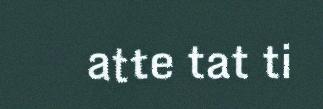
atte tat ti